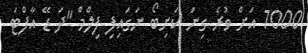
7000 އަށް ވުރެ ގިނަ ކަށިބޯ ނަގައިފި ފިލްމް "ދަ ޑޭ އާފްޓަ